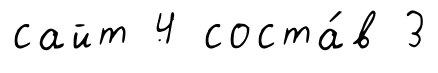
сайт 4 соста́в 3